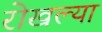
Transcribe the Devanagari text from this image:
रोखल्या